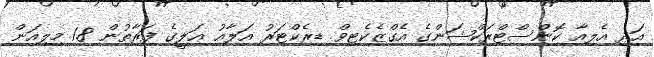
އަދި އެލިއާ ކޮންސްޓްރަކްޝަންގެ އެގްޒެކެޓިވް ޑިރެކްޓަރު އަލާއު ޢަލީގެ ފަރާތުން 1.8 މިލިއަން